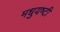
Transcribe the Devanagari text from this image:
मधुयष्‍टी